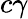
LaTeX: c\gamma